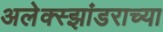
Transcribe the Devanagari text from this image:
अलेक्स्झांडराच्या